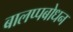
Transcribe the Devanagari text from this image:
बालप्पबोधन